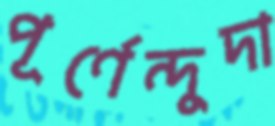
পূর্ণেন্দুদা